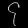
Digit: ၄